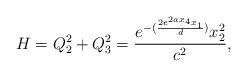
LaTeX: \begin{align*}H=Q_2^2 + Q_3^2=\frac{e^{-(\frac{2e^{2 a x_4} x_1}{d})} x_2^2 }{c^2},\end{align*}